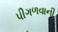
પીગળવાની